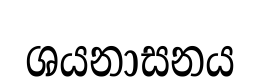
ශයනාසනය